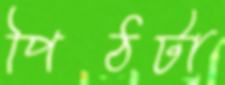
পিঠটা